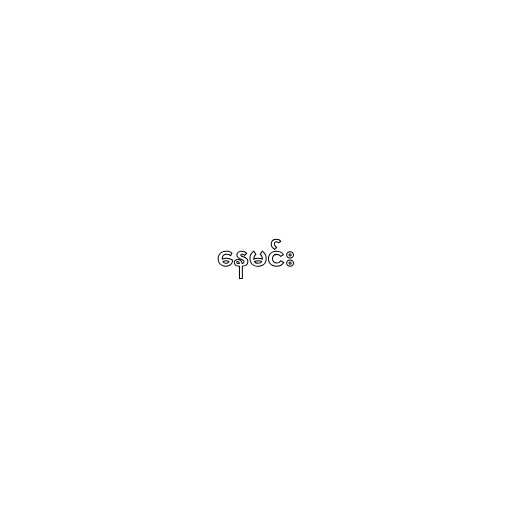
နေမင်း